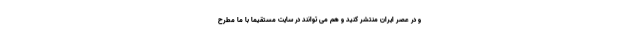
و در عصر ایران منتشر کنید و هم می توانند در سایت مستقیماً با ما مطرح